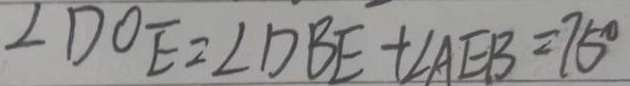
\angle D O E = \angle D B E + \angle A E B = 7 5 ^ { \circ }